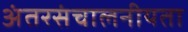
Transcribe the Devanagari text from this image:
अंतरसंचालनीयता